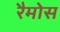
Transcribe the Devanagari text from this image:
रैमोस